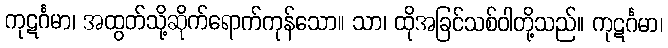
ကုဋင်္ဂမာ၊ အထွတ်သို့ဆိုက်ရောက်ကုန်သော။ သာ၊ ထိုအခြင်သစ်ဝါတို့သည်။ ကုဋင်္ဂမာ၊